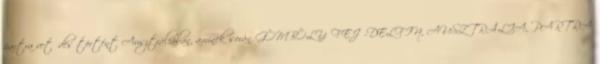
partra vetődés történt Ausztráliában, aminek során GÖMBÖLYŰFEJŰ-DELFIN, AUSZTRÁLIA, PARTRA